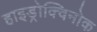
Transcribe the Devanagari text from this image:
हाइड्रोक्विनोक